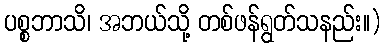
ပစ္စဘာသိ၊ အဘယ်သို့ တစ်ဖန်ရွတ်သနည်း။)